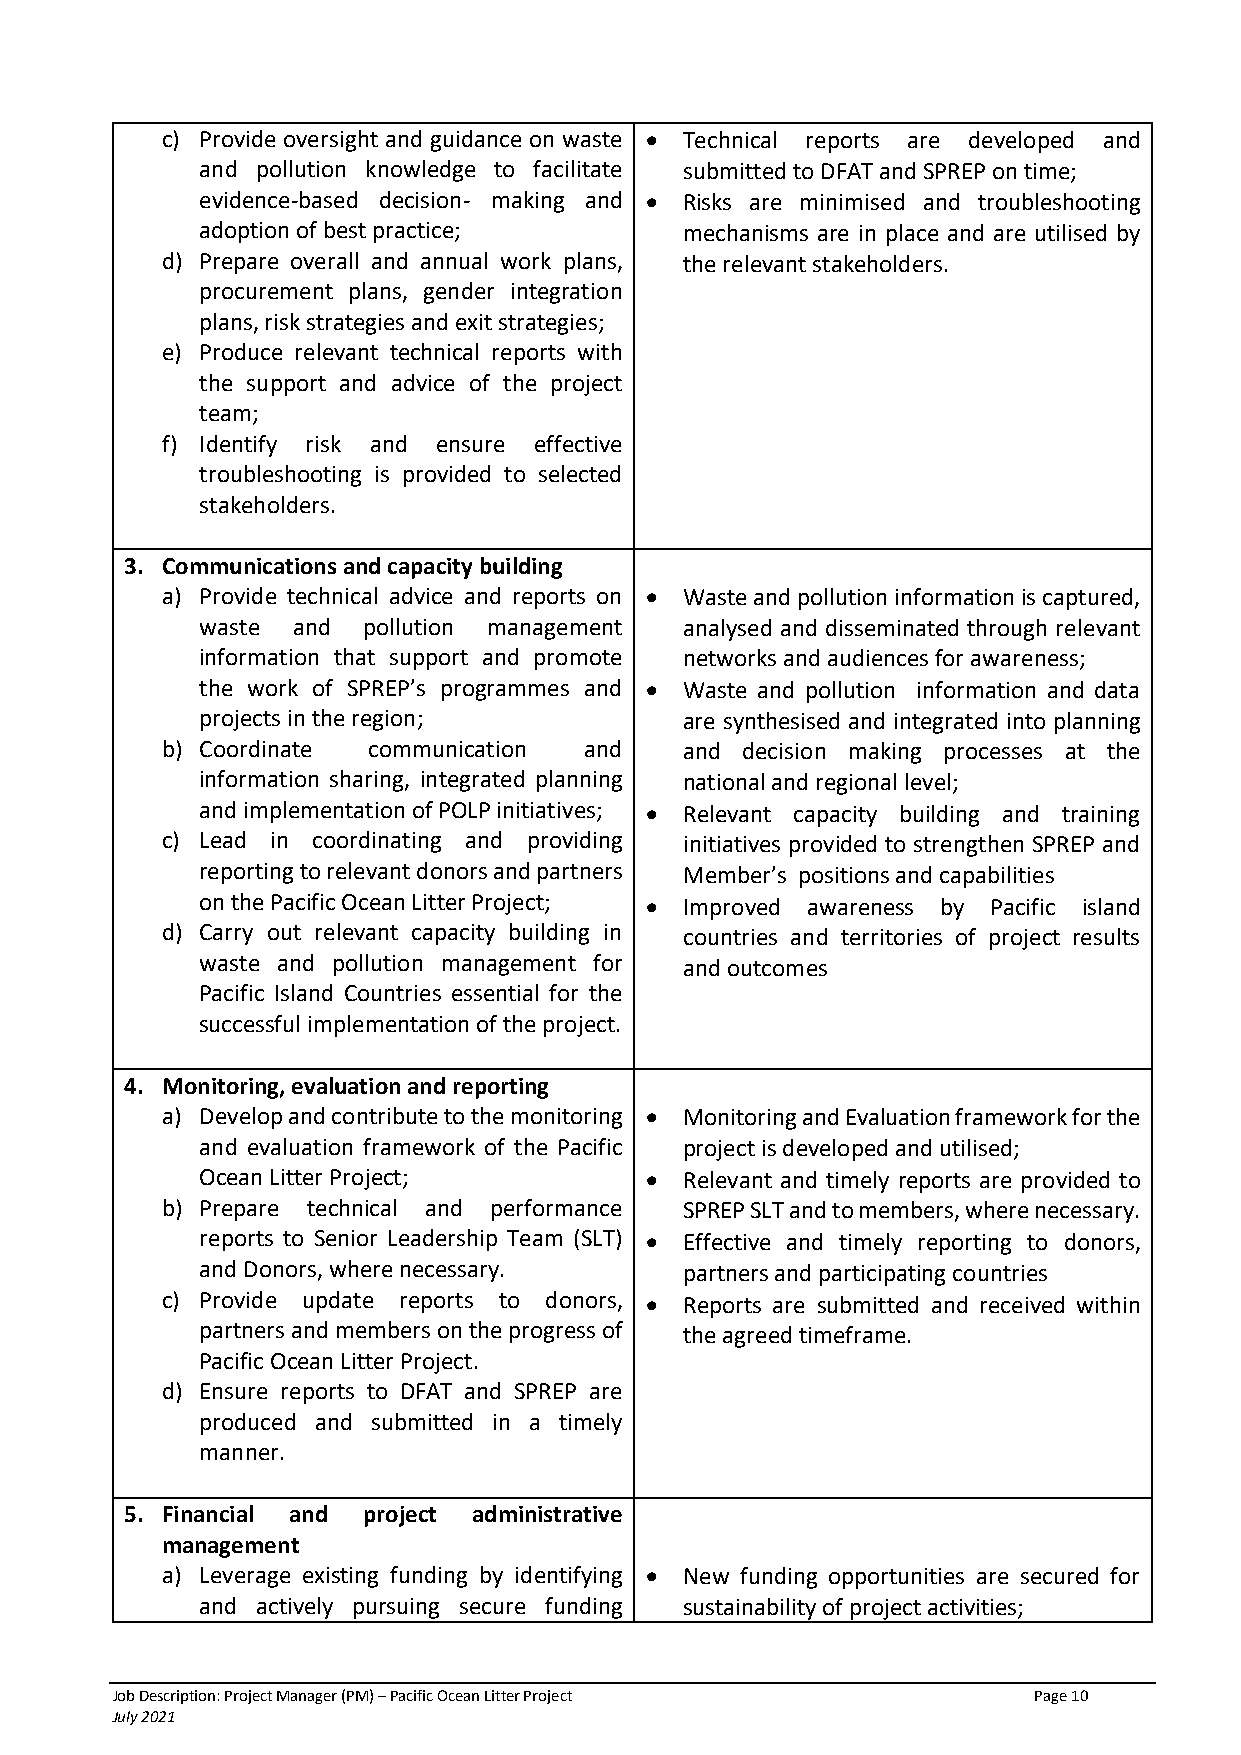
c) Provide oversight and guidance on waste • Technical reports are developed and
 and pollution knowledge to facilitate submitted to DFAT and SPREP on time;
 evidence-based decision- making and • Risks are minimised and troubleshooting
 adoption of best practice;      mechanisms are in place and are utilised by
 d) Prepare overall and annual work plans, the relevant stakeholders.
 procurement plans, gender integration
 plans, risk strategies and exit strategies;
 e) Produce relevant technical reports with
 the support and advice of the project
 team;
 f) Identify risk and ensure effective
 troubleshooting is provided to selected
 stakeholders.
 3. Communications and capacity building
 a) Provide technical advice and reports on • Waste and pollution information is captured,
 waste and  pollution management analysed and disseminated through relevant
 information that support and promote networks and audiences for awareness;
 the work of SPREP’s programmes and • Waste and pollution information and data
 projects in the region;         are synthesised and integrated into planning
 b) Coordinate communication and   and decision making processes at the
 information sharing, integrated planning national and regional level;
 and implementation of POLP initiatives; • Relevant capacity building and training
 c) Lead in coordinating and providing initiatives provided to strengthen SPREP and
 reporting to relevant donors and partners Member’s positions and capabilities
 on the Pacific Ocean Litter Project; • Improved awareness by Pacific island
 d) Carry out relevant capacity building in countries and territories of project results
 waste and pollution management for and outcomes
 Pacific Island Countries essential for the
 successful implementation of the project.
 4. Monitoring, evaluation and reporting
 a) Develop and contribute to the monitoring • Monitoring and Evaluation framework for the
 and evaluation framework of the Pacific project is developed and utilised;
 Ocean Litter Project;         • Relevant and timely reports are provided to
 b) Prepare technical and performance SPREP SLT and to members, where necessary.
 reports to Senior Leadership Team (SLT) • Effective and timely reporting to donors,
 and Donors, where necessary.    partners and participating countries
 c) Provide update reports to donors, • Reports are submitted and received within
 partners and members on the progress of the agreed timeframe.
 Pacific Ocean Litter Project.
 d) Ensure reports to DFAT and SPREP are
 produced and submitted in a timely
 manner.
 5. Financial and project administrative
 management
 a) Leverage existing funding by identifying • New funding opportunities are secured for
 and actively pursuing secure funding sustainability of project activities;
 Job Description: Project Manager (PM) – Pacific Ocean Litter Project Page 10
 July 2021